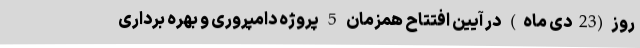
روز(23دی ماه) در آیین افتتاح همزمان 5 پروژه دامپروری و بهره برداری